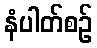
နံပါတ်စဉ်